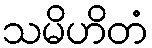
သမိဟိတံ